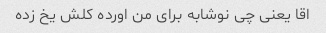
اقا یعنی چی نوشابه برای من اورده کلش یخ زده